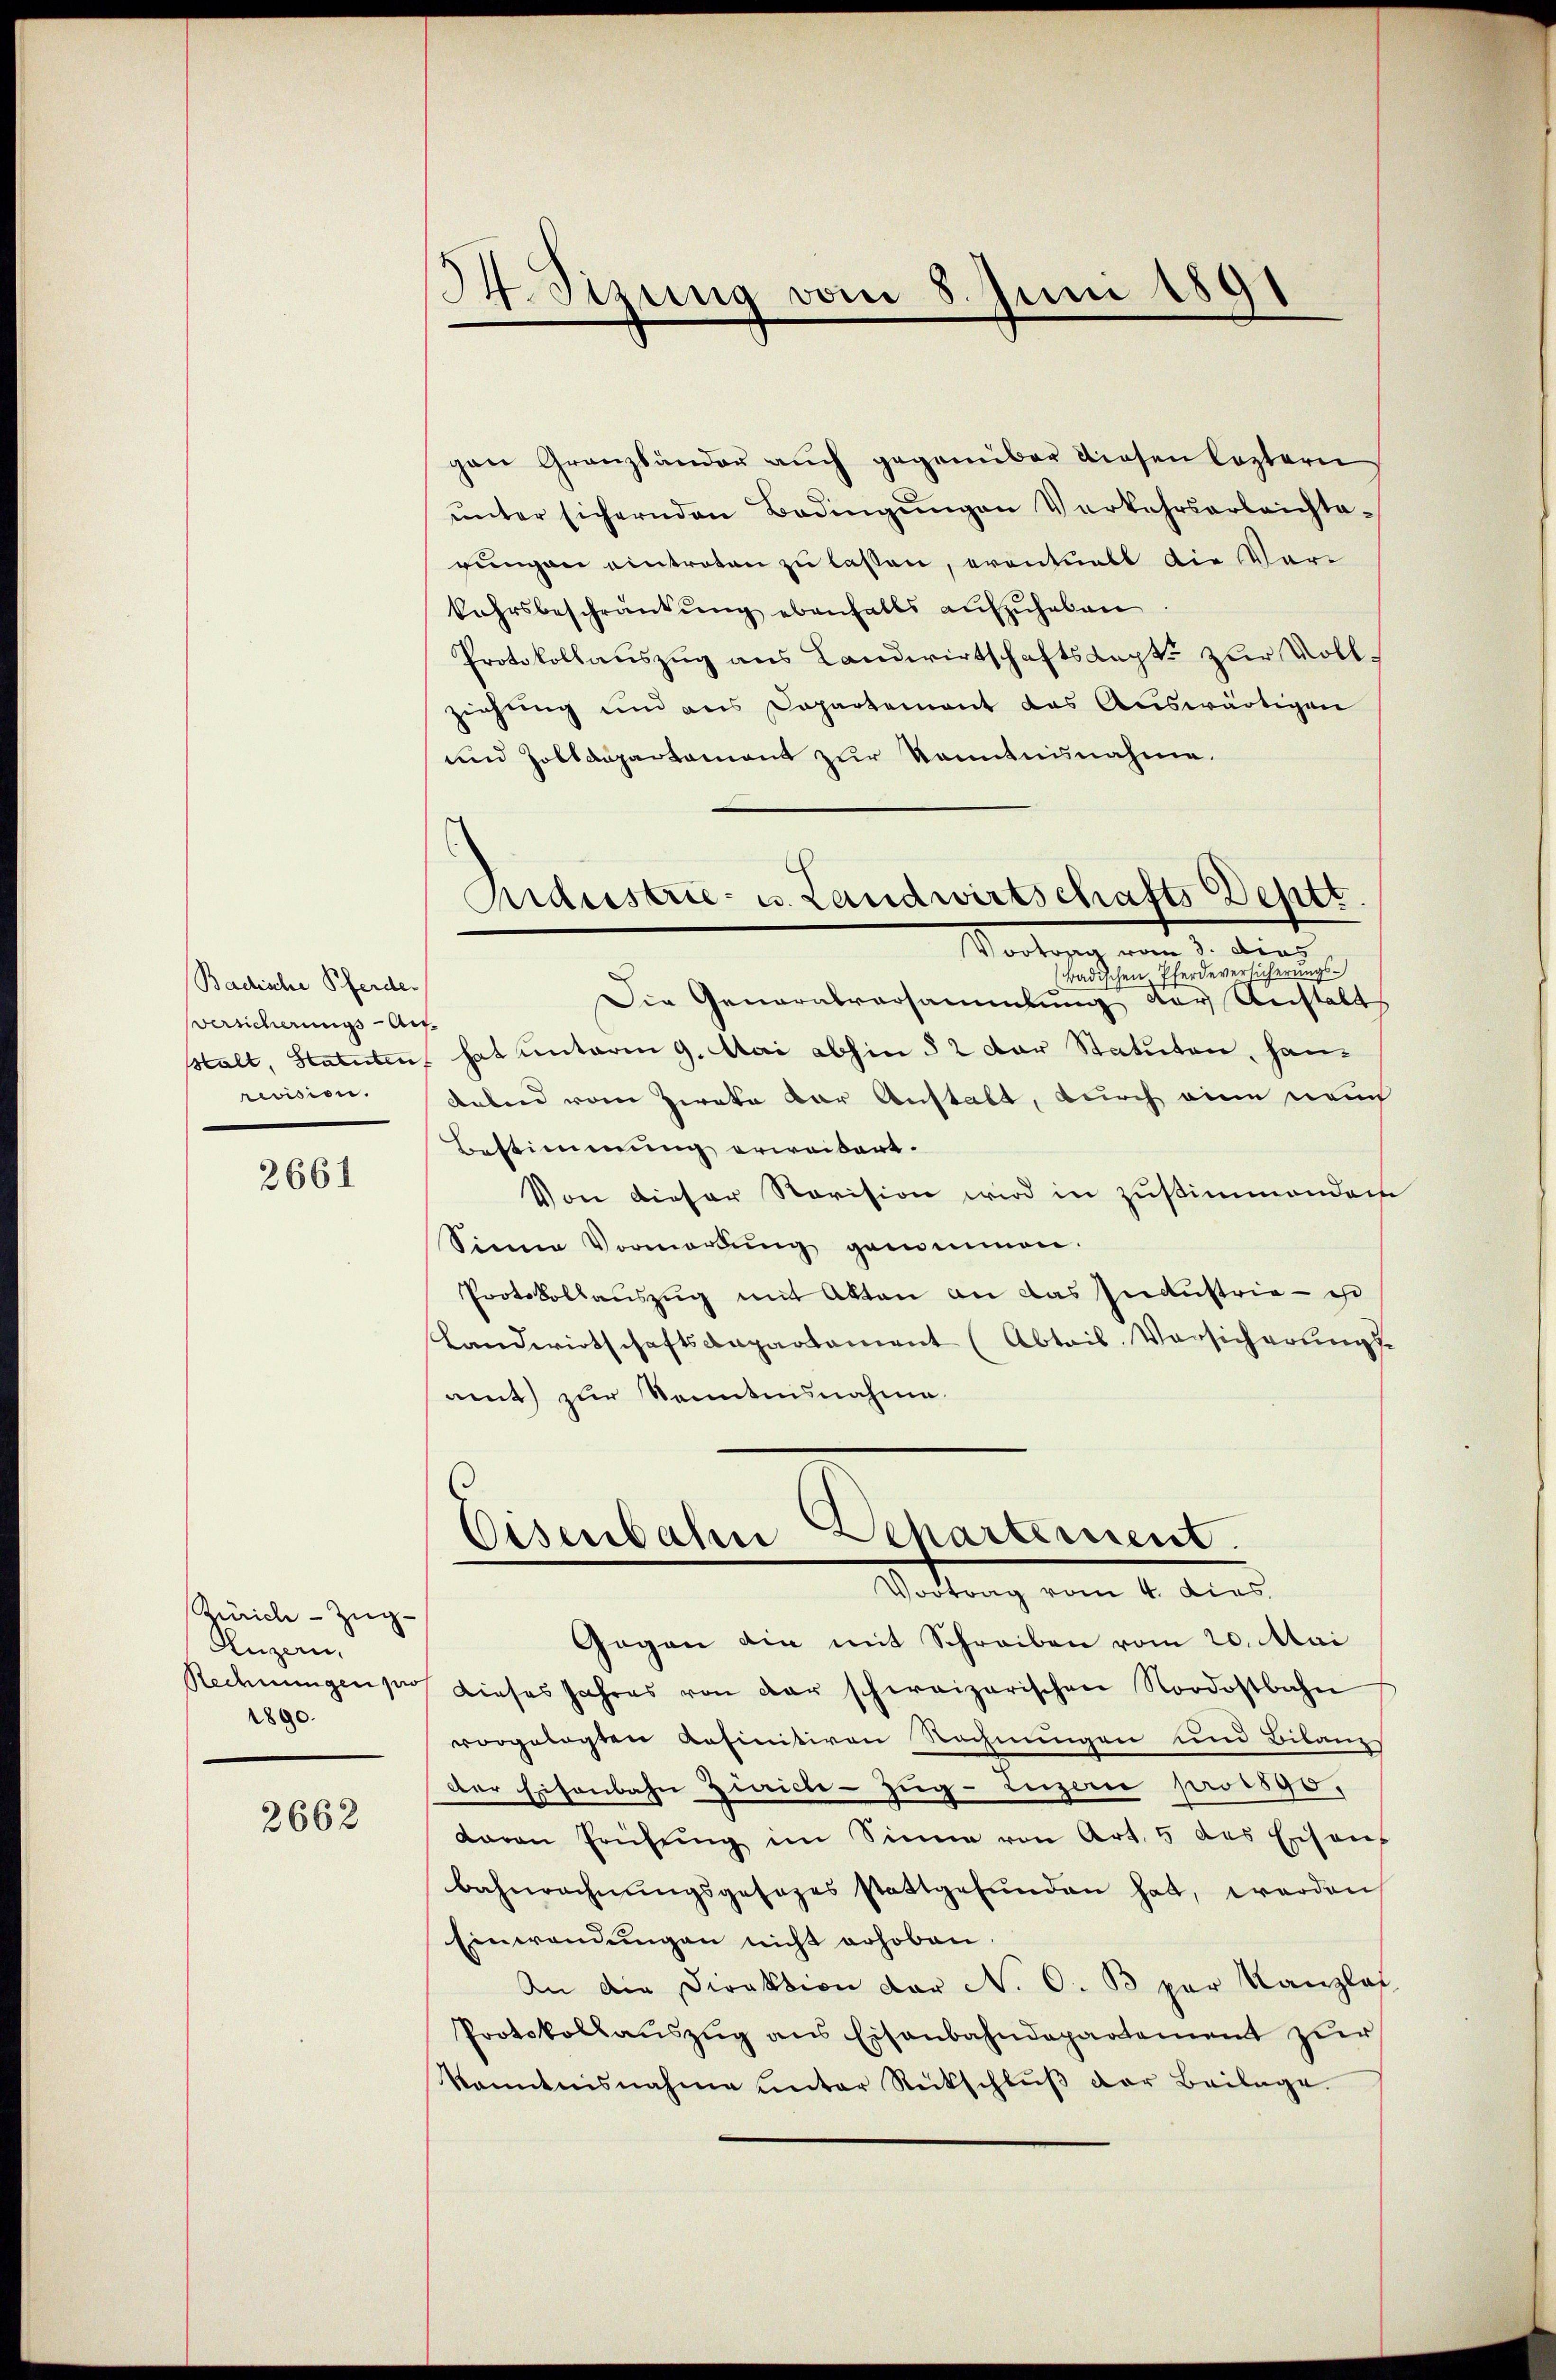
Badische Pferde.
Versicherungs-An
Halt, Statuten,
revision.

2661

Zürich - Zug-
Luzern,
Rednungen pro
1890.

2662

34. Sizung vom 8. Juni 1891

Ardustrie- u. Landwirtschafts Destt.

gen Granzsänder auch gegenüber diesen leztern
ŭnter sichernden Bedingŭngen Verkehrserleichte-
gŭngen eintreten zu lassen, eventualt die Vor
kehrsbeschränkung ebenfalls aufzuheben
Protokollauszug aus Landwirtschaftsdapt zur Vollziehung und aus Departement das Auswärtigen
und Zolldepartament zur Kenntnisnahme.
Vortrag vom 3. dies
Badischen, Pferdeversicherungs¬
Die Generalversammlung der Anstalt
hat unterm 9. Mai abhin § 2 der Statuten, handalend vom Zirka der Anstalt, durch eine neuch
Bestimmung erweitert.
Von dieser Revision wird in Zustimmenden
Sinne Vormerkŭng genommen.
Protokollauszug mit Akten an das Industria - is
Landwirtschaftsdepartement (Abtais. Versicherung
amt zur Kenntnisnahme
Osenbahn Scharterient.
Vortrag vom 4. dies
Gegen die mit Schreiben vom 20. Mai
dieses Jahres von der schweizerischen Nordostbahn
vorgelasten befinitiven Rechnungen und Bilanz
Der Eisenbahn Zivicle-Zug- Luzern pro 1890,
davon Prüfŭng im Sinne von Art. 5 des Eisens
bahnrechnŭngsgesezes stattgefŭnden hat, worden
Einwendungen nicht erhoben.
An die Direktion der N. O. B par Kanzlei
Protokollaŭszŭg ans Eisenbahndepartement zŭr
kanntnisnahme unter Rückschlŭβ der Beilage.